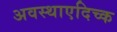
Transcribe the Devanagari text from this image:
अवस्थाएदिच्क